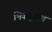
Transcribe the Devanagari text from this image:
भिक्खूचीच